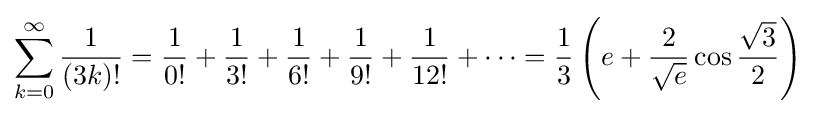
\sum _{k=0}^{\infty }{\frac {1}{(3k)!}}={\frac {1}{0!}}+{\frac {1}{3!}}+{\frac {1}{6!}}+{\frac {1}{9!}}+{\frac {1}{12!}}+\cdots ={\frac {1}{3}}\left(e+{\frac {2}{\sqrt {e}}}\cos {\frac {\sqrt {3}}{2}}\right)